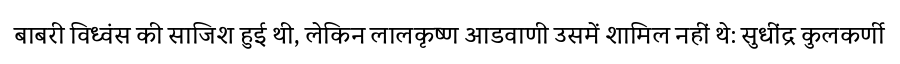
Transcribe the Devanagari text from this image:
बाबरी विध्वंस की साजिश हुई थी, लेकिन लालकृष्ण आडवाणी उसमें शामिल नहीं थे: सुधींद्र कुलकर्णी